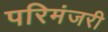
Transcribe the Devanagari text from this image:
परिमंजरी